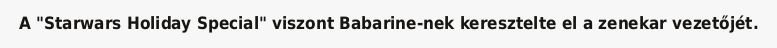
A "Starwars Holiday Special" viszont Babarine-nek keresztelte el a zenekar vezetőjét.